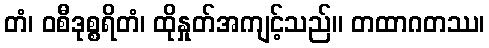
တံ၊ ဝစီဒုစ္စရိတံ၊ ထိုနှုတ်အကျင့်သည်။ တထာဂတဿ၊